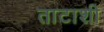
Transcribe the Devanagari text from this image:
ताटाशी